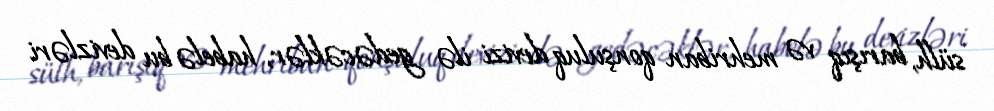
sülh, barışıq və mehriban qonşuluq devizi ilə gedəcəklər, habelə bu devizləri